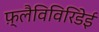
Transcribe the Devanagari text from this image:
फ़्लैविविरिडेई